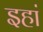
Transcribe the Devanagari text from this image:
इहां